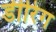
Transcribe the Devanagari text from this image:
डीरिंग